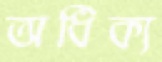
অধিক্য